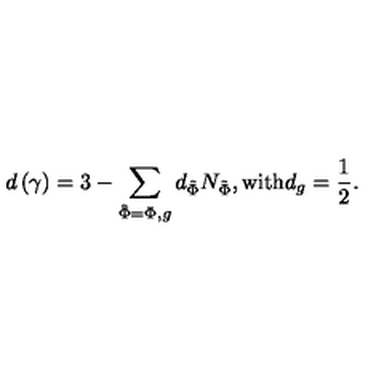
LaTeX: d \left( \gamma \right) = 3 - \sum _ { \tilde { \Phi } = \Phi , g } d _ { \tilde { \Phi } } N _ { \tilde { \Phi } } , \mathrm { w i t h } d _ { g } = \frac 1 2 .